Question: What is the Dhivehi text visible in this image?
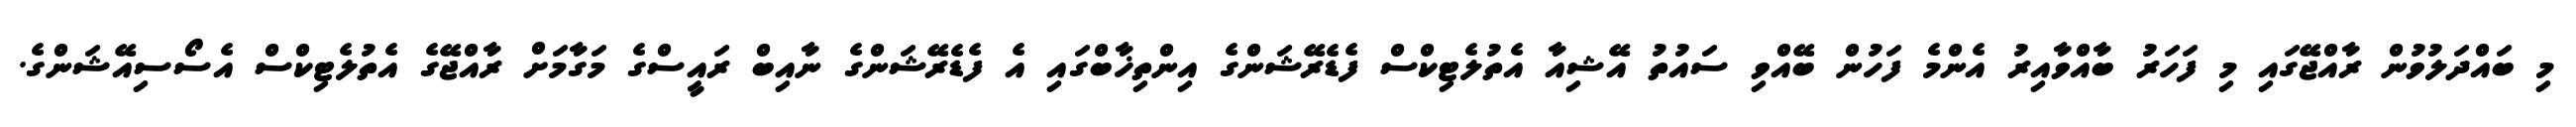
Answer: މި ބައްދަލުވުން ރާއްޖޭގައި މި ފަހަރު ބާއްވާއިރު އެންމެ ފަހުން ބޭއްވި ސައުތު އޭޝިއާ އެތުލެޓިކްސް ފެޑެރޭޝަންގެ އިންތިޚާބްގައި އެ ފެޑެރޭޝަންގެ ނާއިބް ރައީސްގެ މަގާމަށް ރާއްޖޭގެ އެތުލެޓިކްސް އެސޯސިއޭޝަންގެ.